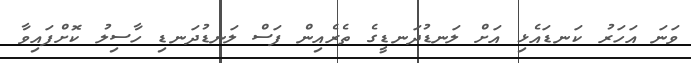
ވަނަ އަހަރު ކަނޑައެޅި އަށް ލަނޑުދަނޑީގެ ތެރެއިން ފަސް ލަނޑުދަނޑި ހާސިލު ކޮށްފައިވާ